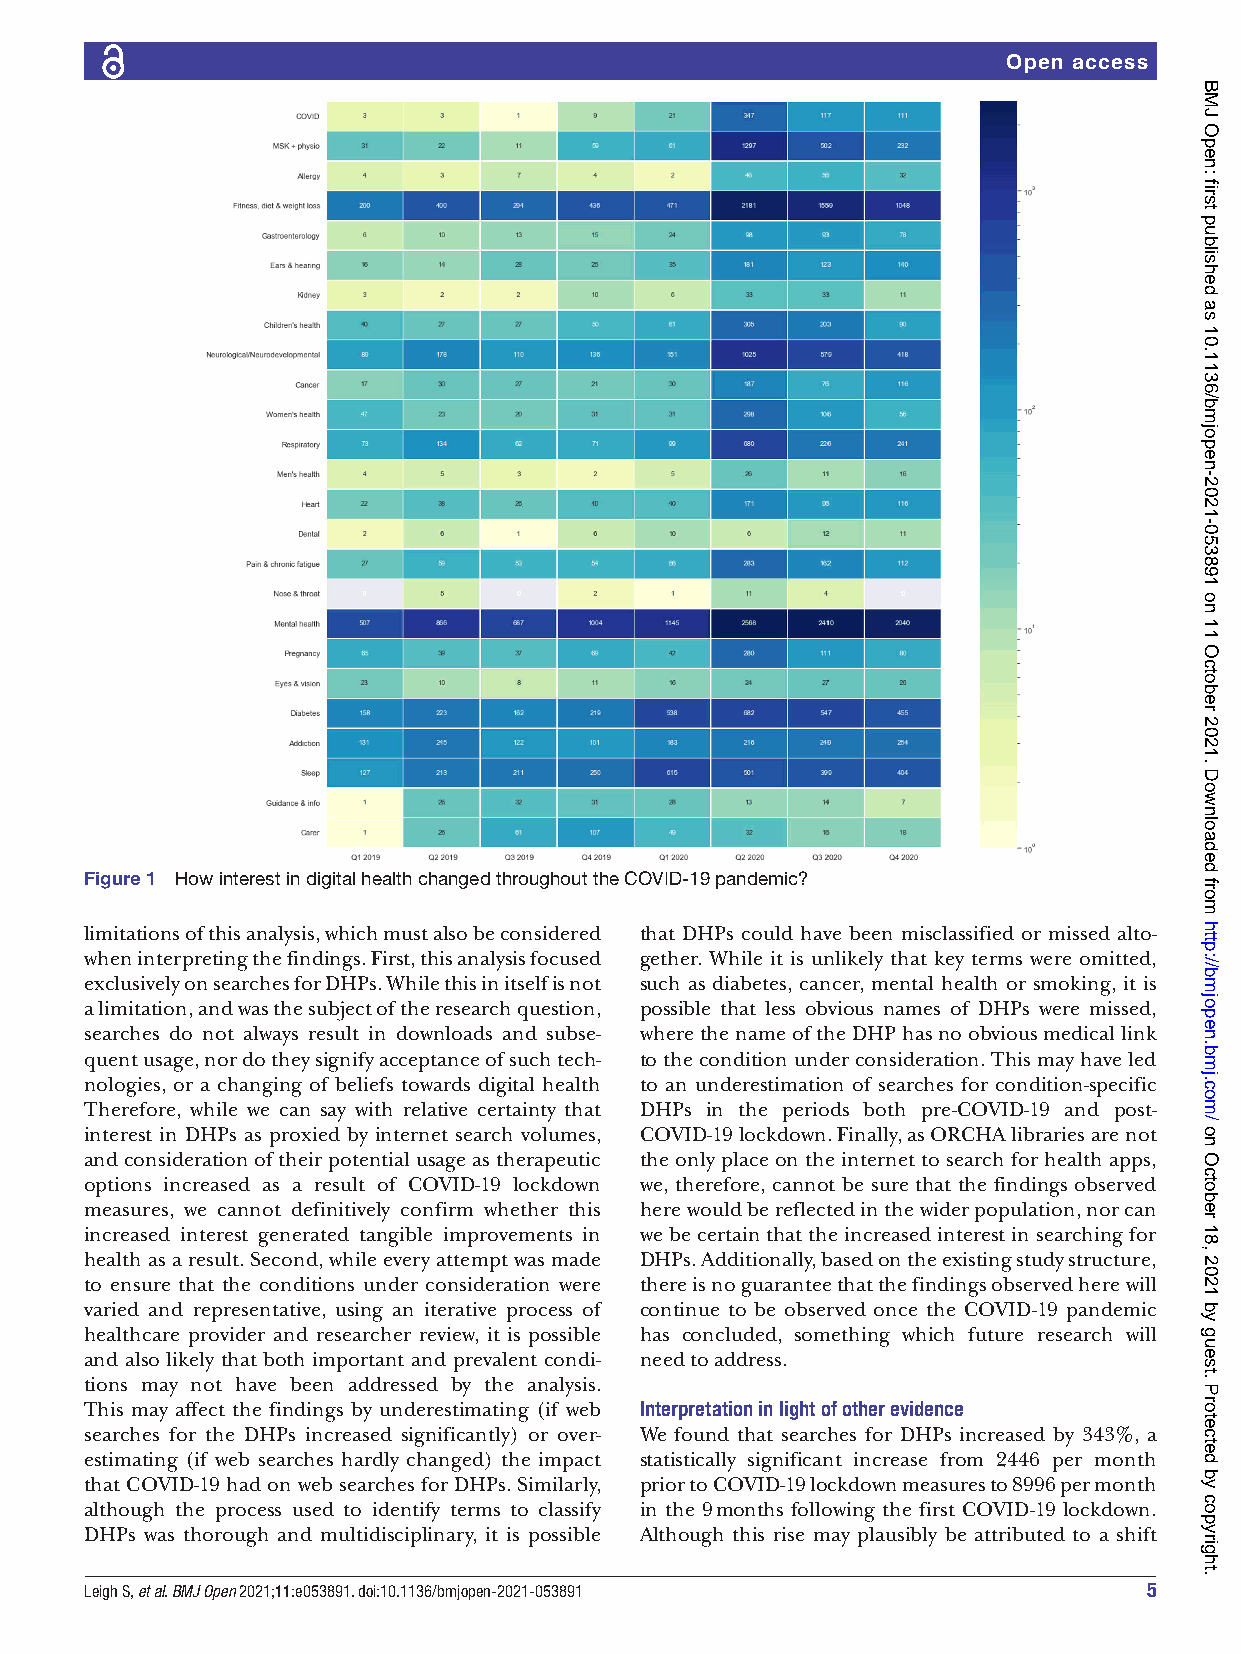
Open access
 Figure 1 How interest in digital health changed throughout the COVID- 19 pandemic?
 limitations of this analysis, which must also be considered that DHPs could have been misclassified or missed alto-
 when interpreting the findings. First, this analysis focused gether. While it is unlikely that key terms were omitted,
 exclusively on searches for DHPs. While this in itself is not such as diabetes, cancer, mental health or smoking, it is
 a limitation, and was the subject of the research question, possible that less obvious names of DHPs were missed,
 searches do not always result in downloads and subse- where the name of the DHP has no obvious medical link
 quent usage, nor do they signify acceptance of such tech- to the condition under consideration. This may have led
 nologies, or a changing of beliefs towards digital health to an underestimation of searches for condition-s pecific
 Therefore, while we can say with relative certainty that DHPs in the periods both pre-C OVID- 19 and post-
 interest in DHPs as proxied by internet search volumes, COVID- 19 lockdown. Finally, as ORCHA libraries are not
 and consideration of their potential usage as therapeutic the only place on the internet to search for health apps,
 options increased as a result of COVID-1 9 lockdown we, therefore, cannot be sure that the findings observed
 measures, we cannot definitively confirm whether this here would be reflected in the wider population, nor can
 increased interest generated tangible improvements in we be certain that the increased interest in searching for
 health as a result. Second, while every attempt was made DHPs. Additionally, based on the existing study structure,
 to ensure that the conditions under consideration were there is no guarantee that the findings observed here will
 varied and representative, using an iterative process of continue to be observed once the COVID-1 9 pandemic
 healthcare provider and researcher review, it is possible has concluded, something which future research will
 and also likely that both important and prevalent condi- need to address.
 tions may not have been addressed by the analysis.
 This may affect the findings by underestimating (if web Interpretation in light of other evidence
 searches for the DHPs increased significantly) or over- We found that searches for DHPs increased by 343%, a
 estimating (if web searches hardly changed) the impact statistically significant increase from 2446 per month
 that COVID- 19 had on web searches for DHPs. Similarly, prior to COVID-1 9 lockdown measures to 8996 per month
 although the process used to identify terms to classify in the 9 months following the first COVID- 19 lockdown.
 DHPs was thorough and multidisciplinary, it is possible Although this rise may plausibly be attributed to a shift
 Leigh S, et al. BMJ Open 2021;11:e053891. doi:10.1136/bmjopen-2021-053891 5
 BMJ
 Open:
 first
 published
 as
 10.1136/bmjopen-2021-053891
 on
 11
 October
 2021.
 Downloaded
 from
 http://bmjopen.bmj.com/
 on
 October
 18,
 2021
 by
 guest.
 Protected
 by
 copyright.